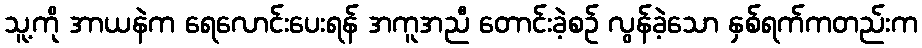
သူ့ကို အာယနဲက ရေလောင်းပေးရန် အကူအညီ တောင်းခဲ့စဉ် လွန်ခဲ့သော နှစ်ရက်ကတည်းက